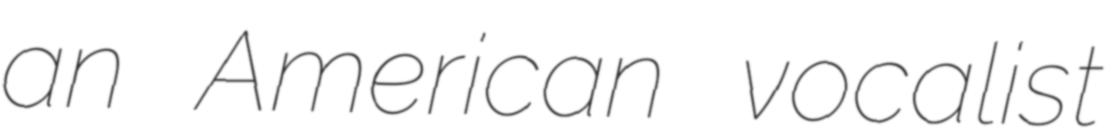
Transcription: an American vocalist